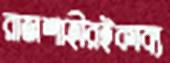
রাজশাহীরইকাব্য